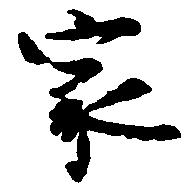
家